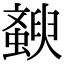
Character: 斔